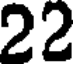
22